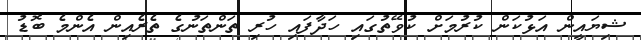
ޝިޔައީން އަޅުކަން ކުރުމަށް ކުވޭތުގައި ހަދާފައި ހުރި ތަންތަނުގެ ތެރެއިން އެންމެ ބޮޑު